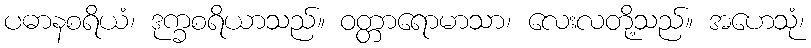
ပဓာနစရိယံ၊ ဒုက္ခစရိယာသည်။ ဝတ္တာရောမာသာ၊ လေးလတို့သည်။ အဟေသုံ၊